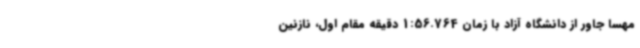
مهسا جاور از دانشگاه آزاد با زمان 1:56.764 دقیقه مقام اول، نازنین